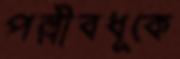
পল্লীবধূকে